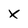
Character: x